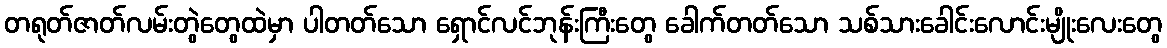
တရုတ်ဇာတ်လမ်းတွဲတွေထဲမှာ ပါတတ်သော ရှောင်လင်ဘုန်းကြီးတွေ ခေါက်တတ်သော သစ်သားခေါင်းလောင်းမျိုးလေးတွေ